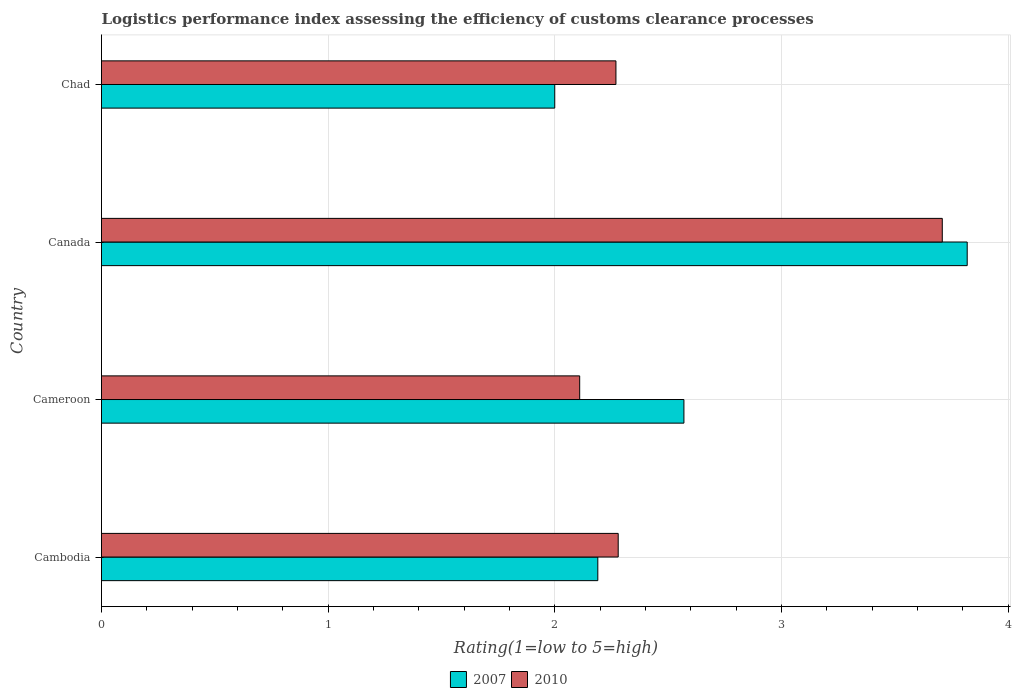
| Country | 2007 | 2010 |
 | --- | --- | --- |
 | Cambodia | 2.19 | 2.28 |
 | Cameroon | 2.57 | 2.11 |
 | Canada | 3.82 | 3.71 |
 | Chad | 2 | 2.27 |